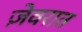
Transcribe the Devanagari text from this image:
जे़वरात